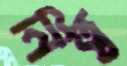
নিত্ব